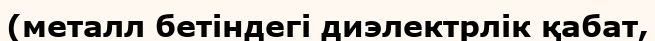
(металл бетіндегі диэлектрлік қабат,